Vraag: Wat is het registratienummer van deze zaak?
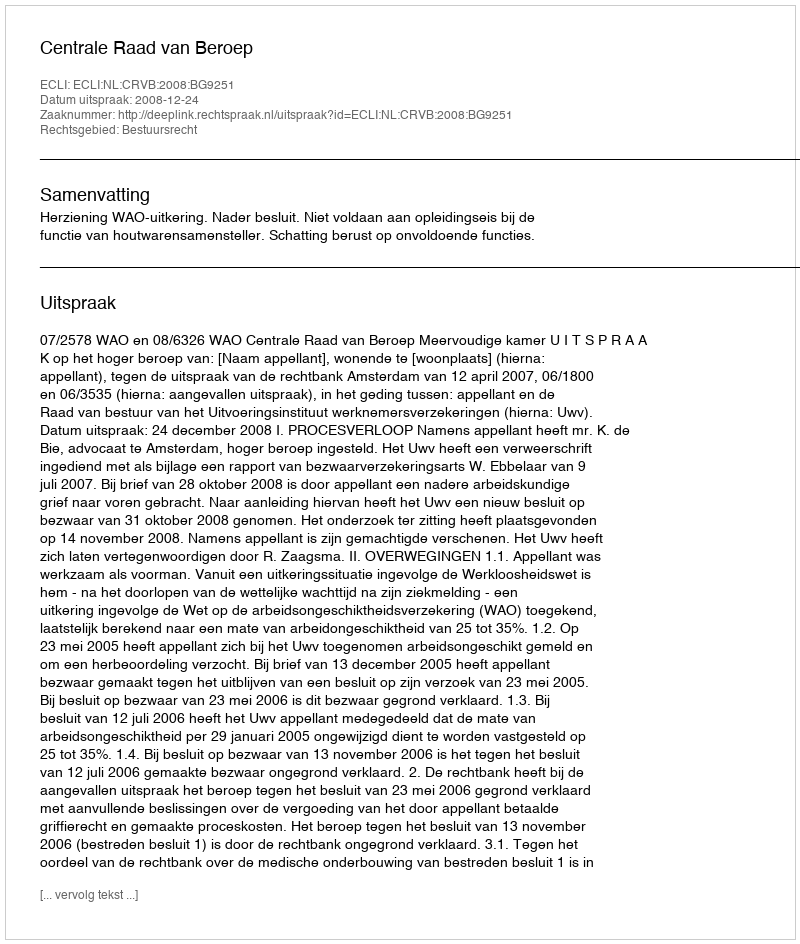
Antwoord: http://deeplink.rechtspraak.nl/uitspraak?id=ECLI:NL:CRVB:2008:BG9251